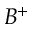
B ^ { + }